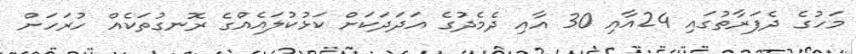
މަހުގެ ދެފަރާތުގައި 24އާއި 30 އާއި ދެމެދުގެ އަދަދަކަށް ކަޅުކުލައެއްގެ ރޮނގުތަކެއް ހުރަހަށް